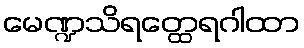
မေဏ္ဍသိရတ္ထေရဂါထာ